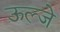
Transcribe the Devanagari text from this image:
ऊल्जे